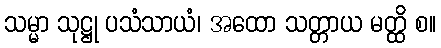
သမ္မာ သုဋ္ဌု ပသံသာယံ၊ အထော သတ္တာယ မတ္ထိ စ။